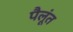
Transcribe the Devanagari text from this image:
पैलूंत